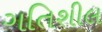
ગતિશીલ